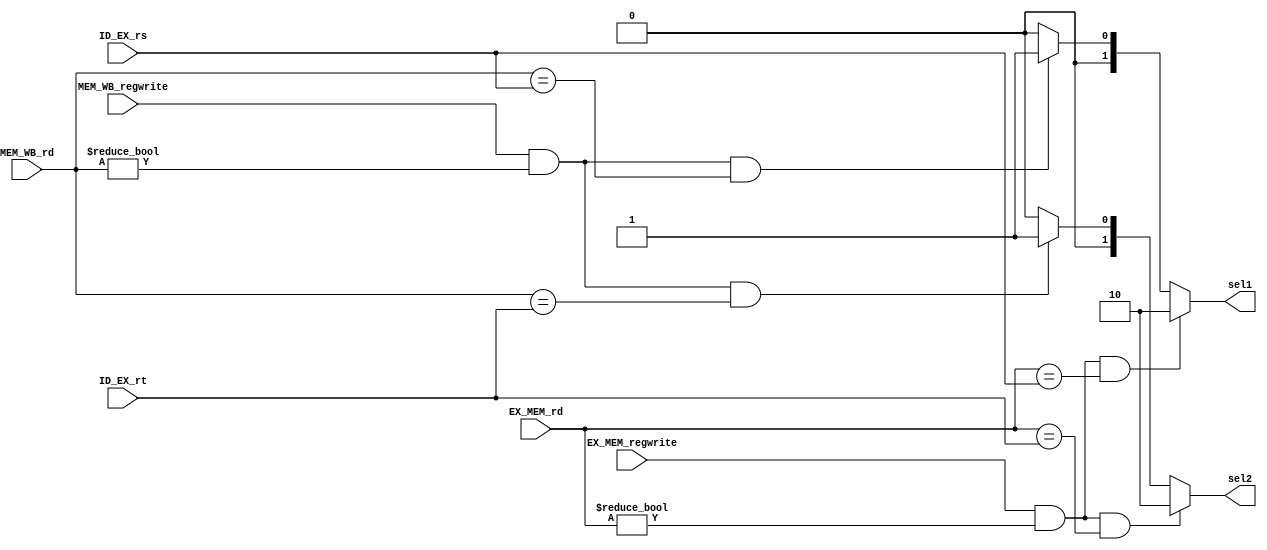
module forwarding(sel1, sel2, ID_EX_rs, ID_EX_rt, EX_MEM_rd, EX_MEM_regwrite, MEM_WB_rd, MEM_WB_regwrite);
input [4:0] ID_EX_rs, ID_EX_rt, EX_MEM_rd, MEM_WB_rd;
input EX_MEM_regwrite, MEM_WB_regwrite;
output [1:0] sel1,sel2;

reg [1:0] sel1, sel2;

always @(ID_EX_rs or ID_EX_rt or EX_MEM_rd or EX_MEM_regwrite or MEM_WB_rd or MEM_WB_regwrite)
begin
if(EX_MEM_regwrite==1'b1 && (EX_MEM_rd!=1'b0) && (EX_MEM_rd==ID_EX_rs)) sel1=2'b10;
else if(MEM_WB_regwrite==1'b1 && (MEM_WB_rd !=1'b0) && (MEM_WB_rd == ID_EX_rs)) sel1=2'b01;
else sel1=2'b00;


if(EX_MEM_regwrite==1 && (EX_MEM_rd!=0) && (EX_MEM_rd==ID_EX_rt)) sel2=2'b10;
else if(MEM_WB_regwrite==1'b1 && (MEM_WB_rd !=1'b0) && (MEM_WB_rd == ID_EX_rt)) sel2=2'b01;
else sel2=2'b00;

end

endmodule